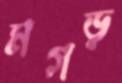
মগড়